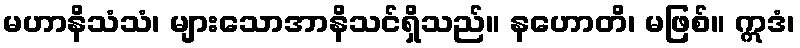
မဟာနိသံသံ၊ များသောအာနိသင်ရှိသည်။ နဟောတိ၊ မဖြစ်။ ဣဒံ၊